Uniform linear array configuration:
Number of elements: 4
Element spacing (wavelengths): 0.75
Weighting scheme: kaiser
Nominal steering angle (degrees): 60
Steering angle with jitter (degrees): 61.895
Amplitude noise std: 0.05
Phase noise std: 0.05

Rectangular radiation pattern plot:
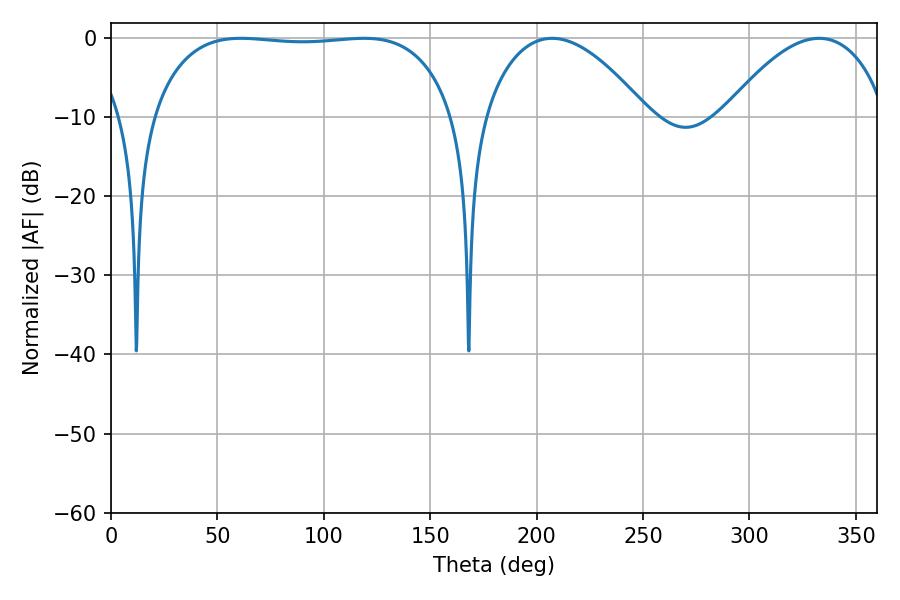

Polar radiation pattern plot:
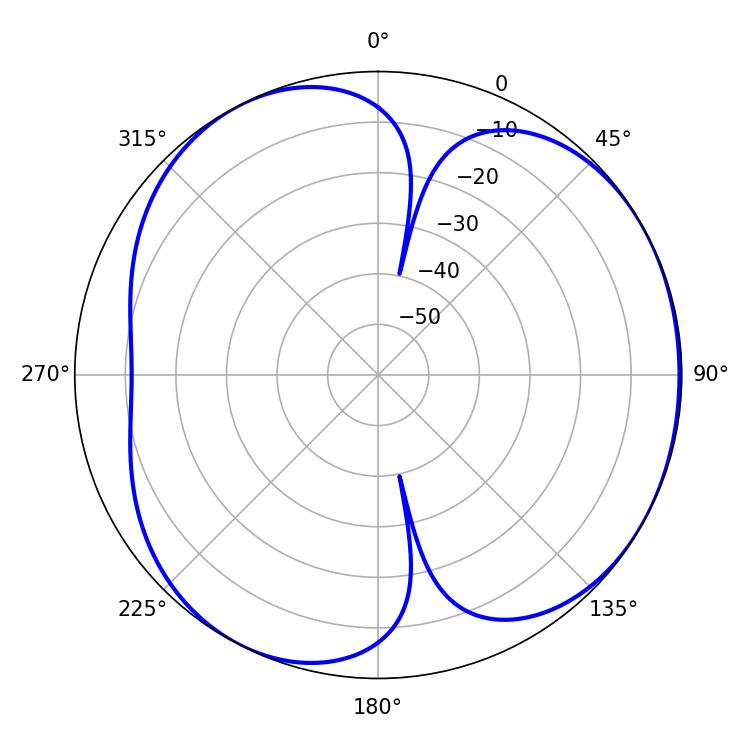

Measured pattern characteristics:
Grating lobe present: TRUE
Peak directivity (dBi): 4.245
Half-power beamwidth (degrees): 111.96
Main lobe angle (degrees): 61.02